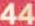
44